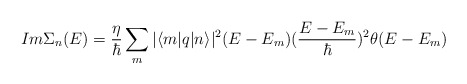
\begin{align*}Im \Sigma_{n}(E)= \frac{\eta}{\hbar}\sum_{m}|\langle m|q|n\rangle|^{2}(E - E_{m})(\frac{E - E_{m}}{\hbar})^{2}\theta(E - E_{m})\end{align*}